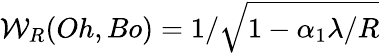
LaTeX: {\mathcal{W}}_{R}(Oh,Bo)=1/\sqrt{1-\alpha_{1}\lambda/R}